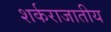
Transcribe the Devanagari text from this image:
शर्कराजातीय